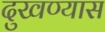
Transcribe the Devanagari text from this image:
दुखण्यास